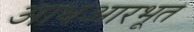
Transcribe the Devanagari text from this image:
आधआरभूत